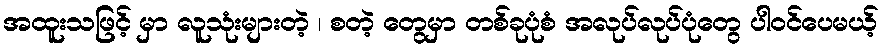
အထူးသဖြင့် မှာ လူသုံးများတဲ့ ၊ စတဲ့ တွေမှာ တစ်ခုပုံစံ အလုပ်လုပ်ပုံတွေ ပါဝင်ပေမယ့်